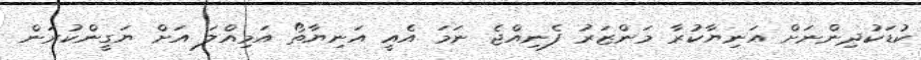
ކުޑަކުދިންނަށް އަނިޔާކުރާ މަންޒަރު ފެނިއްޖެ ނަމަ އެއީ އަނިޔާތޯ އަމިއްލަ އަށް ޔަގީންކުރަން